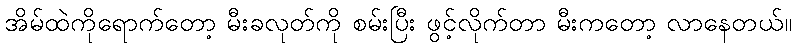
အိမ်ထဲကိုရောက်တော့ မီးခလုတ်ကို စမ်းပြီး ဖွင့်လိုက်တာ မီးကတော့ လာနေတယ်။